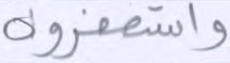
واستغفروه